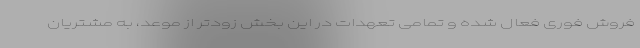
فروش فوری فعال شده و تمامی تعهدات در این بخش زودتر از موعد، به مشتریان